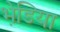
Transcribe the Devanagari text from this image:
भेडि़या